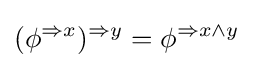
(\phi ^{\Rightarrow x})^{\Rightarrow y}=\phi ^{\Rightarrow x\wedge y}